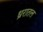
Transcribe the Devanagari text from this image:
ध्ररातल